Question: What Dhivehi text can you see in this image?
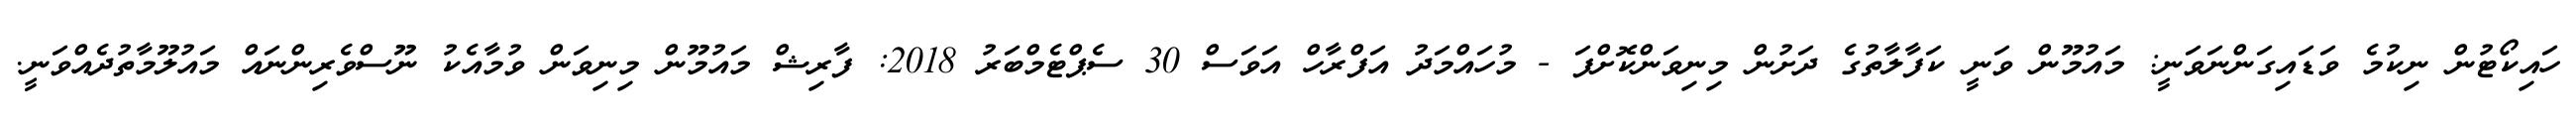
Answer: ހައިކޯޓުން ނިކުމެ ވަޑައިގަންނަވަނީ: މައުމޫން ވަނީ ކަފާލާތުގެ ދަށުން މިނިވަންކޮށްފަ - މުހައްމަދު އަފްރާހް އަވަސް 30 ސެޕްޓެމްބަރު 2018: ފާރިޝް މައުމޫން މިނިވަން ވުމާއެކު ނޫސްވެރިންނައް މައުލޫމާތުދެއްވަނީ.